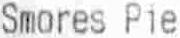
SMORES PIE